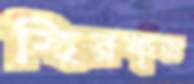
স্থিরকৃত